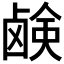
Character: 𫠗